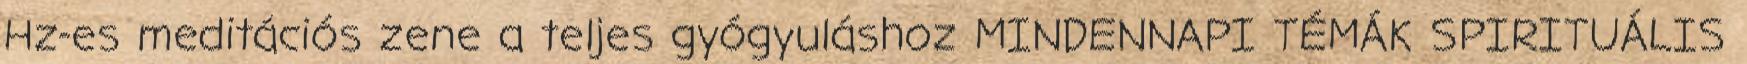
Hz-es meditációs zene a teljes gyógyuláshoz MINDENNAPI TÉMÁK SPIRITUÁLIS